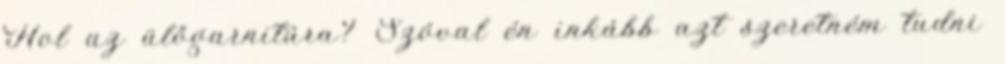
Hol az ülőgarnitúra? Szóval én inkább azt szeretném tudni